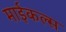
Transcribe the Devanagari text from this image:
माईकल्स